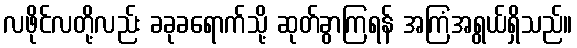
လဖိုင်လတို့လည်း ခခုခရောက်သို့ ဆုတ်ခွာကြရန် အကြံအရွယ်ရှိသည်။